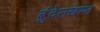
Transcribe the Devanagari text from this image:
बंुदेलखण्ड